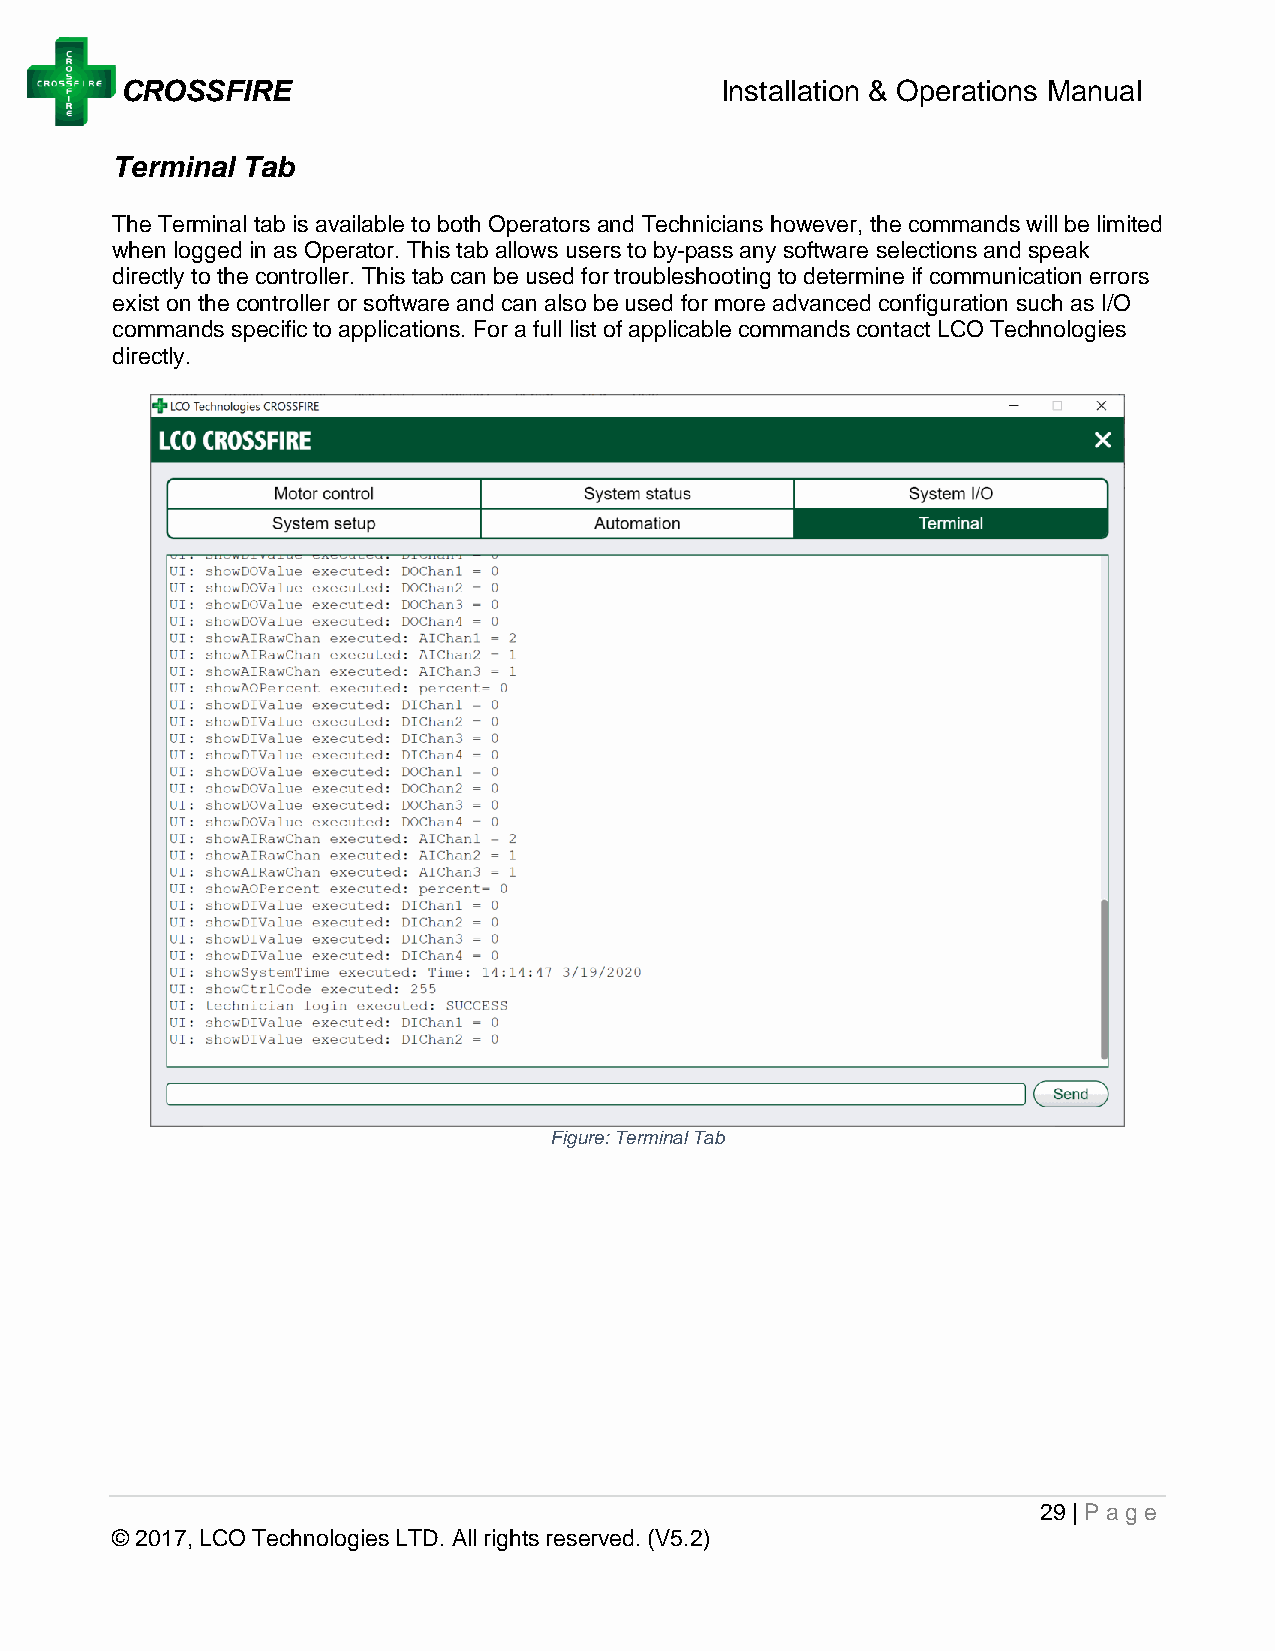
CROSSFIRE                               Installation & Operations Manual
 Terminal Tab
 The Terminal tab is available to both Operators and Technicians however, the commands will be limited
 when logged in as Operator. This tab allows users to by-pass any software selections and speak
 directly to the controller. This tab can be used for troubleshooting to determine if communication errors
 exist on the controller or software and can also be used for more advanced configuration such as I/O
 commands specific to applications. For a full list of applicable commands contact LCO Technologies
 directly.
 Figure: Terminal Tab
 29 | Page
 © 2017, LCO Technologies LTD. All rights reserved. (V5.2)